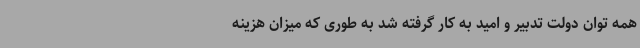
همه توان دولت تدبیر و امید به کار گرفته شد به طوری که میزان هزینه